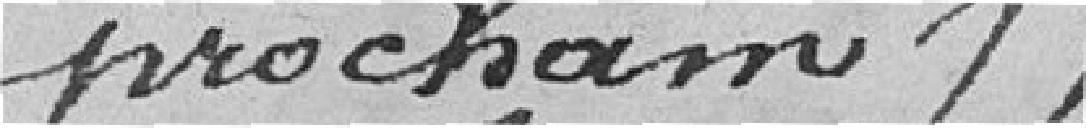
prochain).